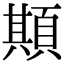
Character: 䫏